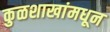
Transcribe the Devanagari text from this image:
कुळशाखांमधून